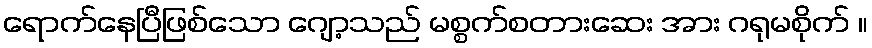
ရောက်နေပြီဖြစ်သော ဂျော့သည် မစ္စက်စတားဆေး အား ဂရုမစိုက် ။